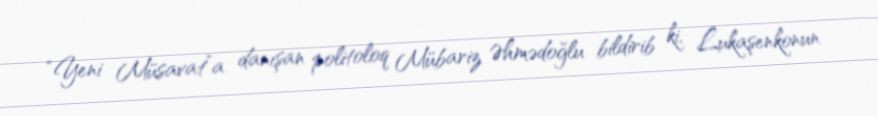
“Yeni Müsavat”a danışan politoloq Mübariz Əhmədoğlu bildirib ki, Lukaşenkonun